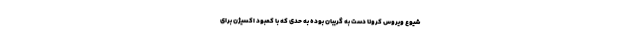
شیوع ویروس کرونا دست به گریبان بوده به حدی که با کمبود اکسیژن برای